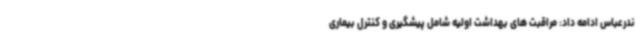
ندرعباس ادامه داد: مراقبت های بهداشت اولیه شامل پیشگیری و کنترل بیماری